Lunatic asylums Punjab 1868-1880 - 1868-1880
Year: 1868
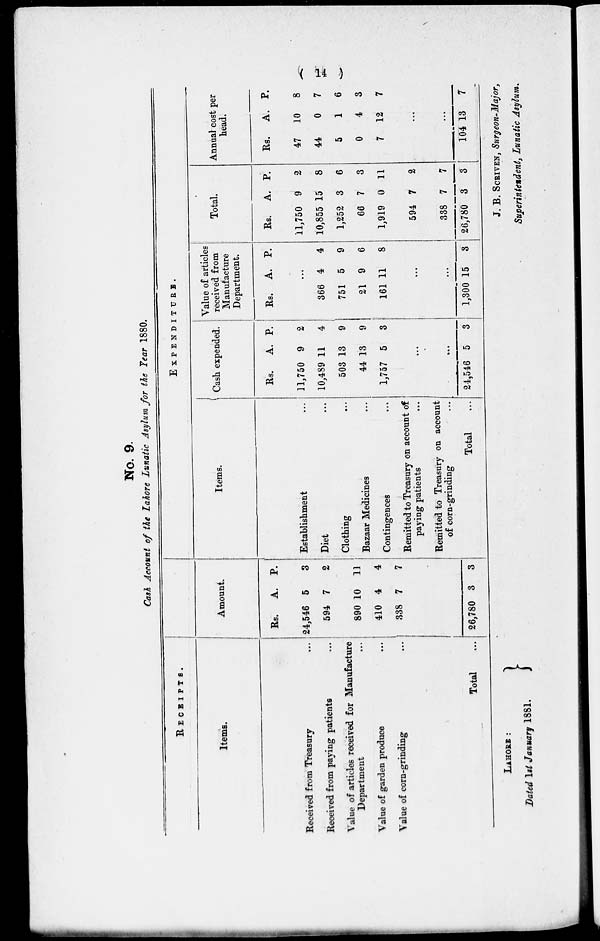
( 14 )
No. 9.
Cash Account of the Lahore Lunatic Asylum for the Year 1880.
RECEIPTS.
Items.
Received from Treasury ...
Received from paying patients ...
Value of articles received for Manufacture
Department ...
Value of garden produce ...
Value of corn-grinding ...
Total ...
Amount.
Rs.
24,546
594
890
410
338
26,780
A.
5
7
10
4
7
3
P.
3
2
11
4
7
3
Items.
Establishment ...
Diet ...
Clothing ...
Bazaar Medicines ...
Contingences ...
Remitted to Treasury on account of
paying patients ...
Remitted to Treasury on account
of corn-grinding ...
Total ...
EXPENDITURE.
Cash expended.
Rs.
11,750
10,489
503
44
1,757
A.
9
11
13
13
5
P.
2
4
9
9
3
...
...
24,546 5
3
Value of articles
received from
Manufacture
Department.
Rs. A. P.
...
366
751
21
161
4
5
9
11
4
9
6
8
...
...
1,300 15
3
Total.
Rs.
11,750
10,855
1,252
66
1,919
594
338
26,780
A.
9
15
3
7
0
7
7
3
P.
2
8
6
3
11
2
7
3
Annual cost per
head.
Rs.
47
44
5
0
7
A.
10
0
1
4
12
P.
8
7
6
3
7
...
...
104 13
7
LAHORE :
Dated 1st January 1881.
J. B. SCRIVEN, Surgeon-Major,
Superintendent, Lunatic Asylum.